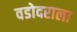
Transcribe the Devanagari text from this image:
वडोदराला